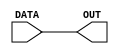
module buff(
	input wire [3:0] DATA,
	output reg [3:0] OUT);

	reg [3:0] buff = 0;

	initial begin
		OUT = 0;
	end

	always @(DATA) begin

		// buff = DATA;
		OUT  = DATA;
		
	end

endmodule